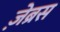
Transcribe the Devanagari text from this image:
ज़ेब्रस